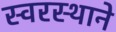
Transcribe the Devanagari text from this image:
स्वरस्थाने